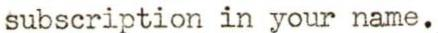
subscription in your name.